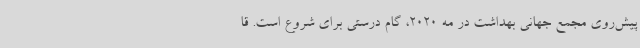
پیش‌روی مجمع جهانی بهداشت در مه 2020، گام درستی برای شروع است. قا